Vaccination in Bombay 1924-1928 - 1924-1928
Year: 1924
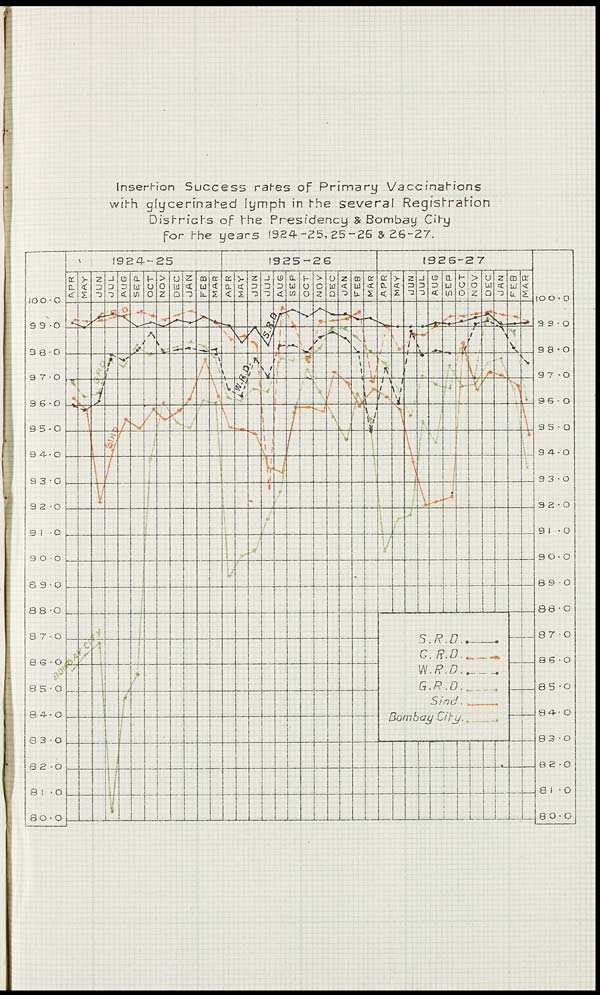
Insertion Success rates of Primary Vaccinations
with glycerinated lymph in the several Registration
Districts of the Presidency & Bombay City
for the years 1924-25,25-26 & 26-27.